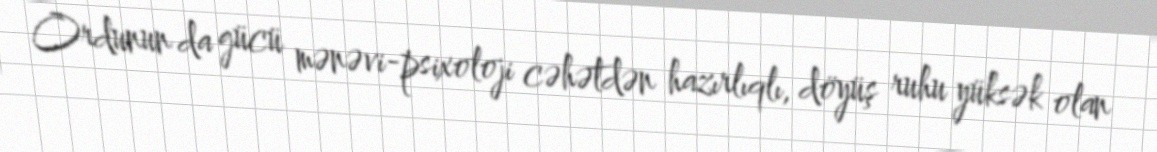
Ordunun da gücü mənəvi-psixoloji cəhətdən hazırlıqlı, döyüş ruhu yüksək olan